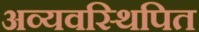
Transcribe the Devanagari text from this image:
अव्यवस्थिपित